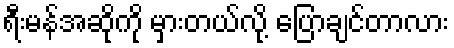
ရီးမန်အဆိုကို မှားတယ်လို့ ပြောချင်တာလား